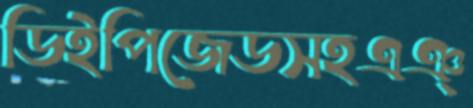
ডিইপিজেডসহএঞ্